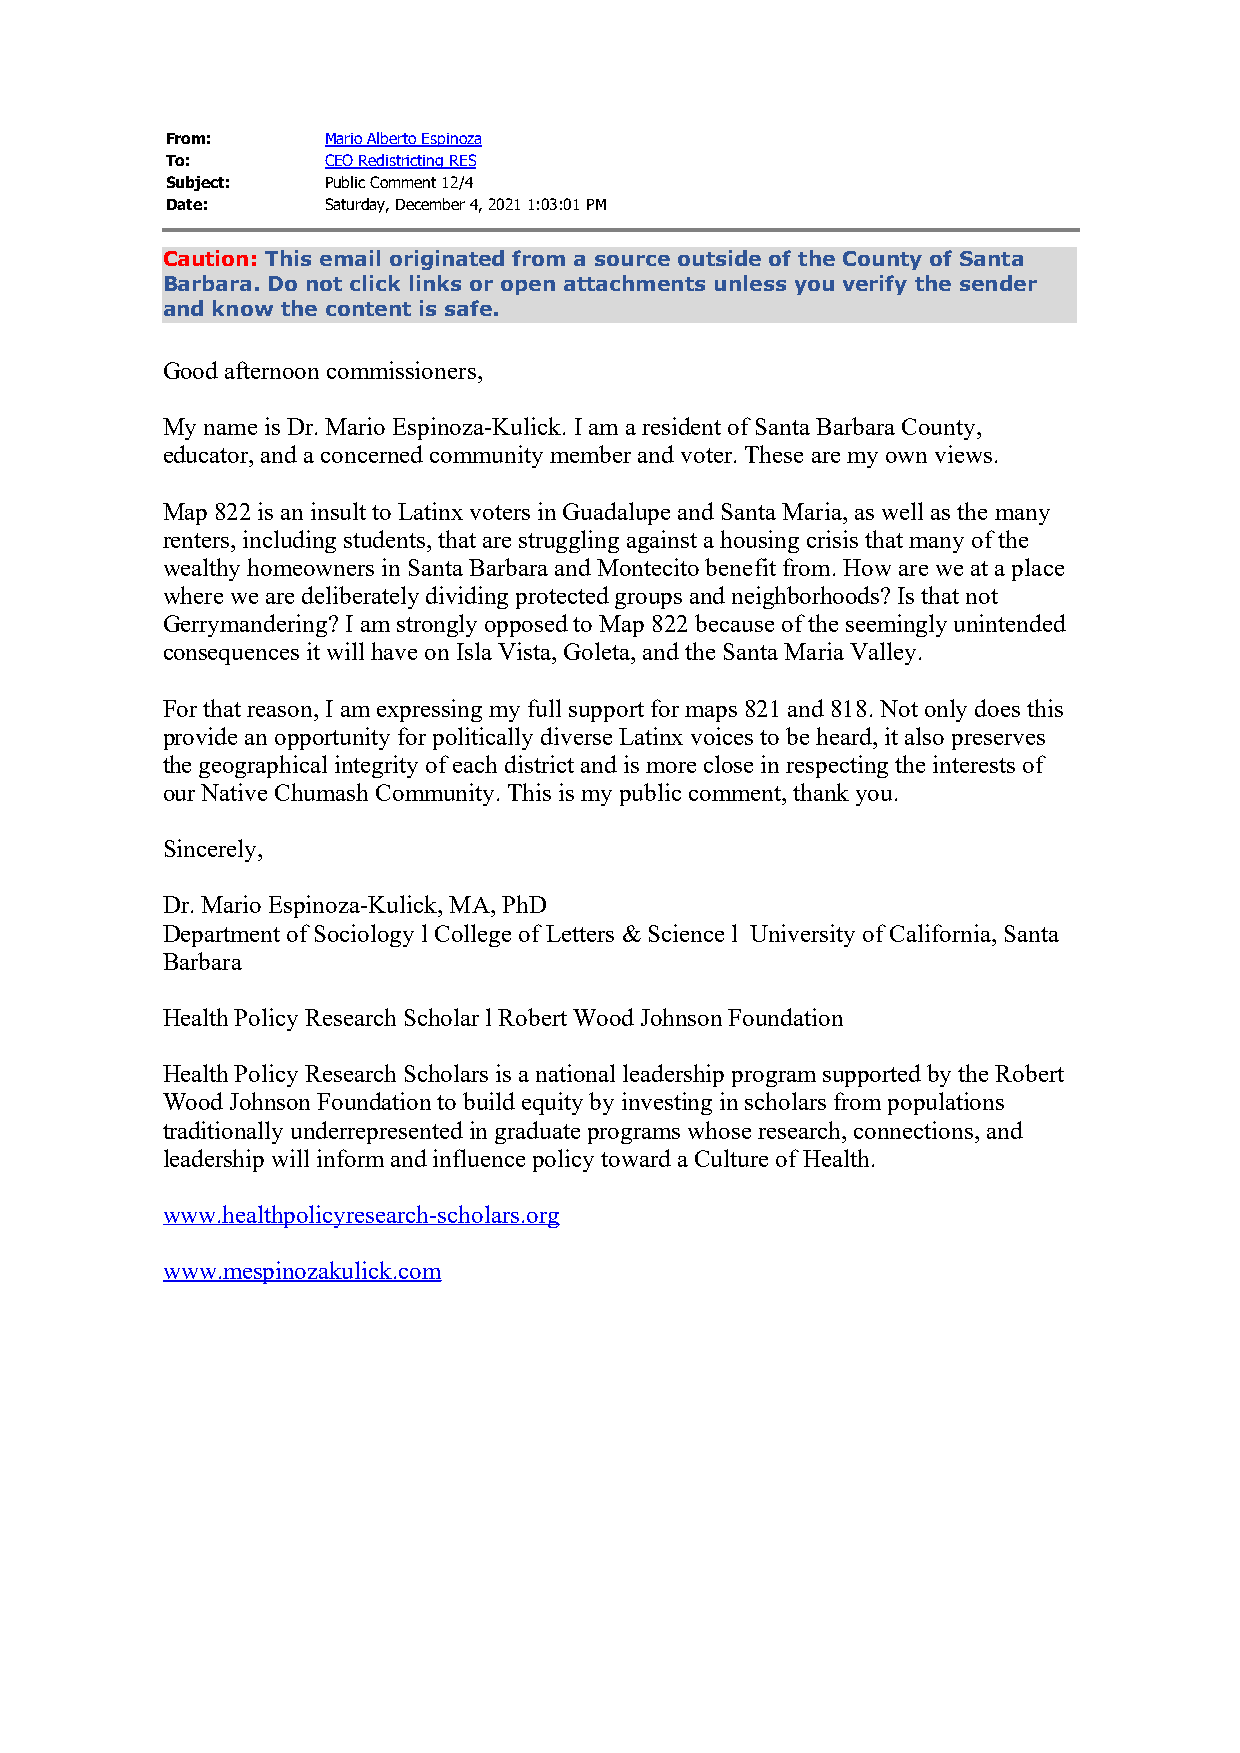
From:      Mario Alberto Espinoza
 To:        CEO Redistricting RES
 Subject:   Public Comment 12/4
 Date:      Saturday, December 4, 2021 1:03:01 PM
 Caution: This email originated from a source outside of the County of Santa
 Barbara. Do not click links or open attachments unless you verify the sender
 and know the content is safe.
 Good afternoon commissioners,
 My name is Dr. Mario Espinoza-Kulick. I am a resident of Santa Barbara County,
 educator, and a concerned community member and voter. These are my own views.
 Map 822 is an insult to Latinx voters in Guadalupe and Santa Maria, as well as the many
 renters, including students, that are struggling against a housing crisis that many of the
 wealthy homeowners in Santa Barbara and Montecito benefit from. How are we at a place
 where we are deliberately dividing protected groups and neighborhoods? Is that not
 Gerrymandering? I am strongly opposed to Map 822 because of the seemingly unintended
 consequences it will have on Isla Vista, Goleta, and the Santa Maria Valley.
 For that reason, I am expressing my full support for maps 821 and 818. Not only does this
 provide an opportunity for politically diverse Latinx voices to be heard, it also preserves
 the geographical integrity of each district and is more close in respecting the interests of
 our Native Chumash Community. This is my public comment, thank you.
 Sincerely,
 Dr. Mario Espinoza-Kulick, MA, PhD
 Department of Sociology l College of Letters & Science l University of California, Santa
 Barbara
 Health Policy Research Scholar l Robert Wood Johnson Foundation
 Health Policy Research Scholars is a national leadership program supported by the Robert
 Wood Johnson Foundation to build equity by investing in scholars from populations
 traditionally underrepresented in graduate programs whose research, connections, and
 leadership will inform and influence policy toward a Culture of Health.
 www.healthpolicyresearch-scholars.org
 www.mespinozakulick.com